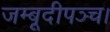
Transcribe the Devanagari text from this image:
जम्बूदीपञ्च।